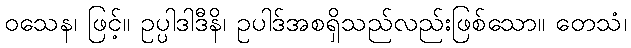
ဝသေန၊ ဖြင့်။ ဥပ္ပါဒါဒီနိ၊ ဥပါဒ်အစရှိသည်လည်းဖြစ်သော။ တေသံ၊